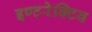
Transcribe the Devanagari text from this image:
इण्टरेक्टिव